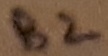
Text: B2